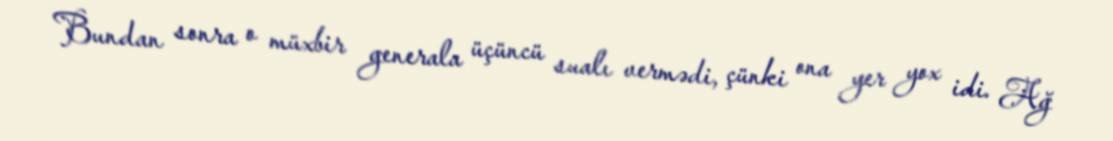
Bundan sonra o müxbir generala üçüncü sualı vermədi, çünki ona yer yox idi. Ağ